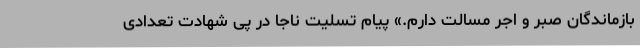
بازماندگان صبر و اجر مسالت دارم.» پیام تسلیت ناجا در پی شهادت تعدادی